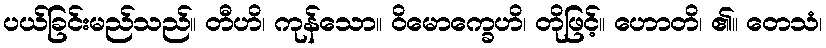
ပယ်ခြင်းမည်သည်။ တီဟိ၊ ကုန်သော။ ဝိမောက္ခေဟိ၊ တိုဖြင့်။ ဟောတိ၊ ၏။ တေသံ၊